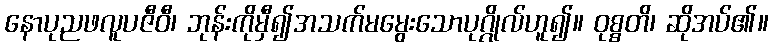
နောပုညဖလူပဇီဝီ၊ ဘုန်းကိုမှီ၍အသက်မမွေးသောပုဂ္ဂိုလ်ဟူ၍။ ဝုစ္စတိ၊ ဆိုအပ်၏။